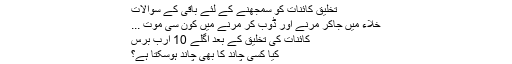
تخلیق کائنات کو سمجھنے کے لئے باقی کے سوالات
خلاء میں جاکر مرنے اور ڈوب کر مرنے میں کون سی موت ...
کائنات کی تخلیق کے بعد اگلے 10 ارب برس
کیا کسی چاند کا بھی چاند ہوسکتا ہے؟